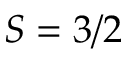
S = 3 / 2